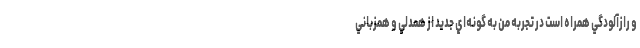
و رازآلودگي همراه است در تجربه من به گونه‌اي جديد از همدلي و همزباني